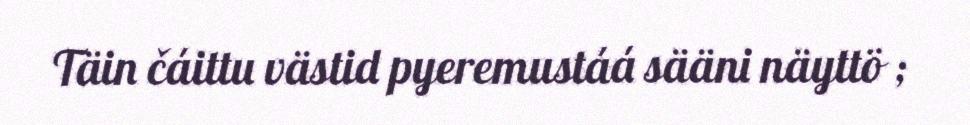
Täin čáittu västid pyeremustáá sääni näyttö ;